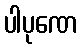
ပါပုဏေ